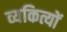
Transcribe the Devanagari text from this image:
व्यकित्यों